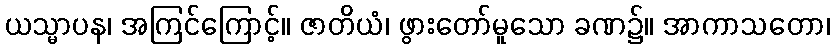
ယသ္မာပန၊ အကြင်ကြောင့်။ ဇာတိယံ၊ ဖွားတော်မူသော ခဏ၌။ အာကာသတော၊